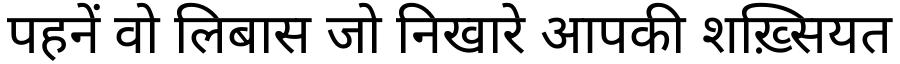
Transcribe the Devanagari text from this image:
पहनें वो लिबास जो निखारे आपकी शख़्सियत